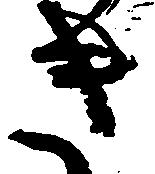
き